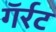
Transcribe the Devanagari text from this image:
गॅर्रट